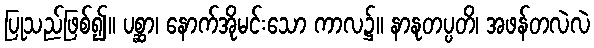
ပြုသည်ဖြစ်၍။ ပစ္ဆာ၊ နောက်အိုမင်းသော ကာလ၌။ နာနုတပ္ပတိ၊ အဖန်တလဲလဲ